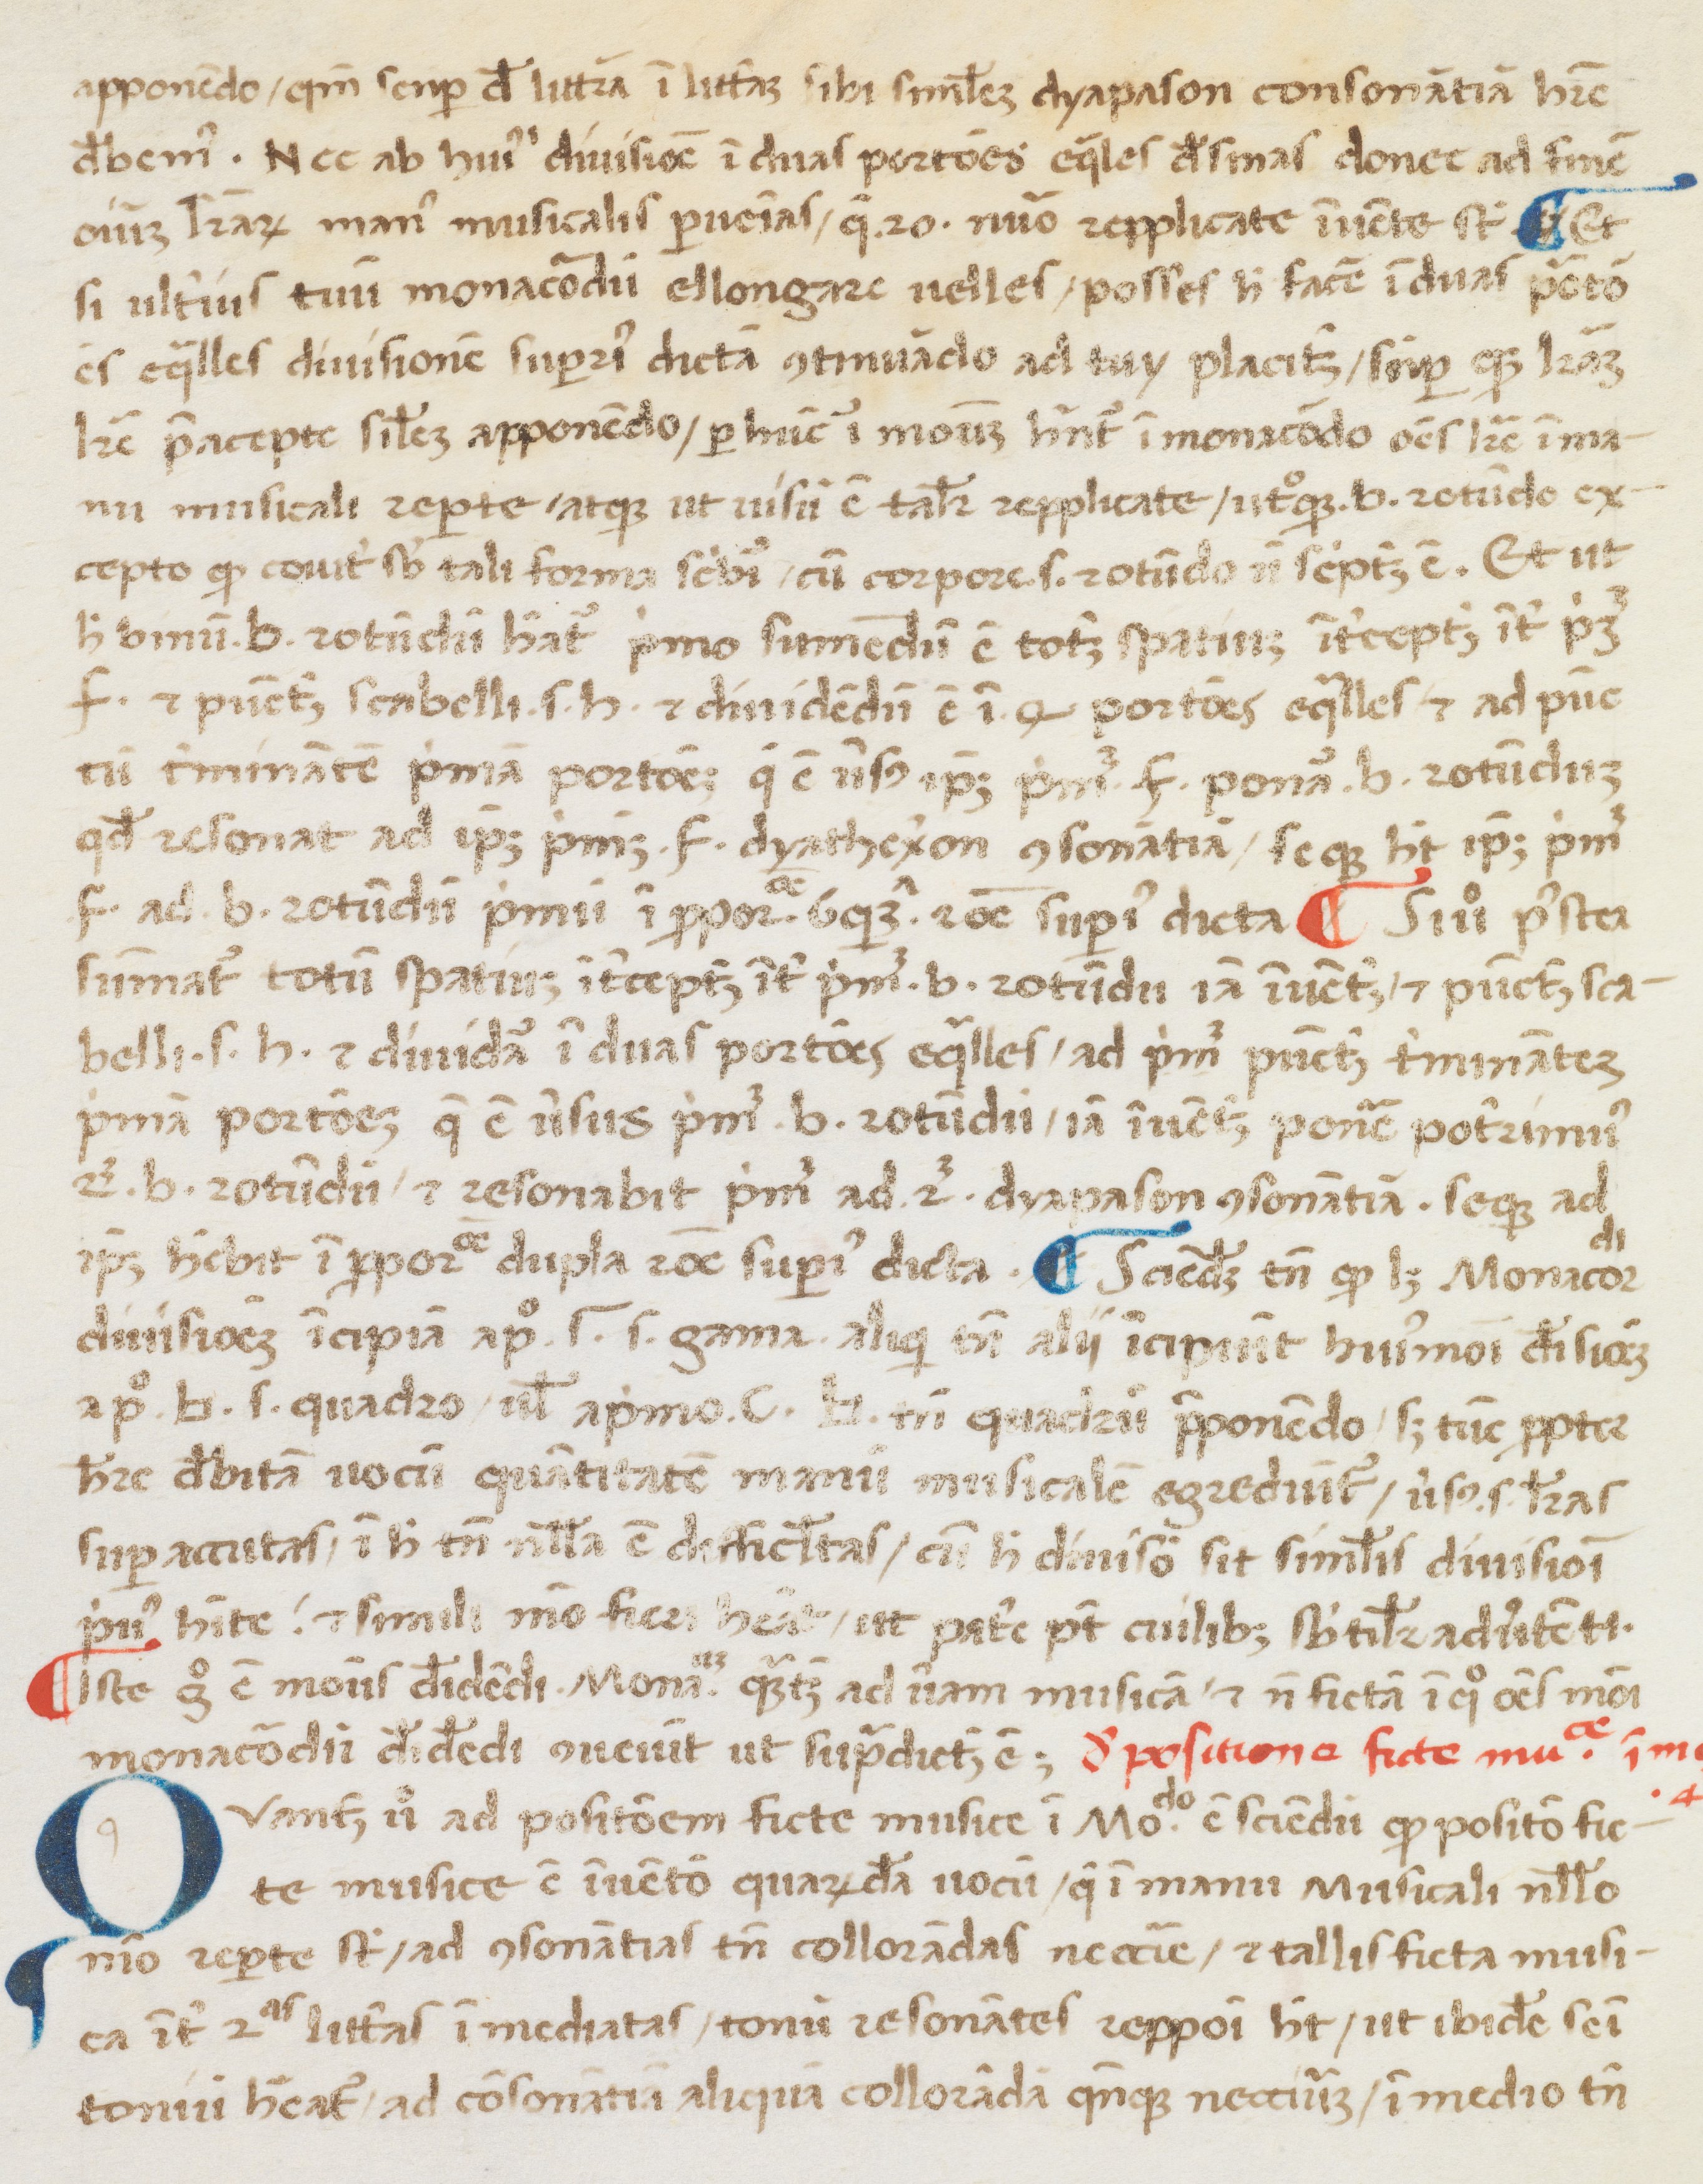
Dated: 1400–1499